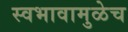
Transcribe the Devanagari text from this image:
स्वभावामुळेच